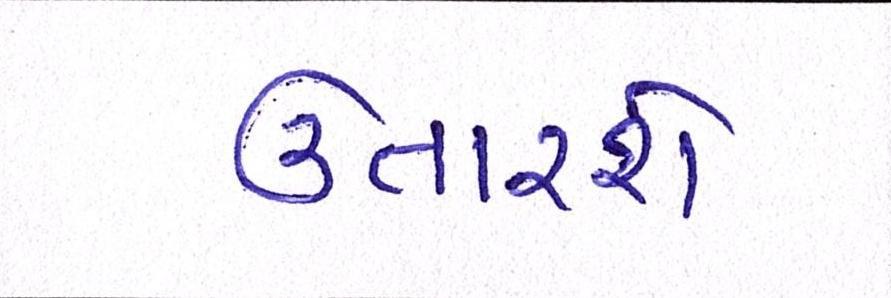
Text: ઉતારશે